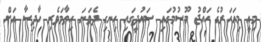
މިއީ މިއަހަރުގެ ހައްޖު މޫސުމުގައި ސައުދީގައި ހިނގި ދެވަނަ ހިތާމަވެރި ހާދިސާ އަށް